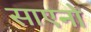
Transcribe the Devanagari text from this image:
साएनो